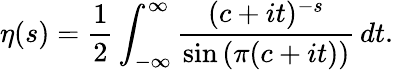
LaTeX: \eta(s)={\frac{1}{2}}\int_{-\infty}^{\infty}{\frac{(c+it)^{-s}}{\sin{(\pi(c+it))}}}\, dt.